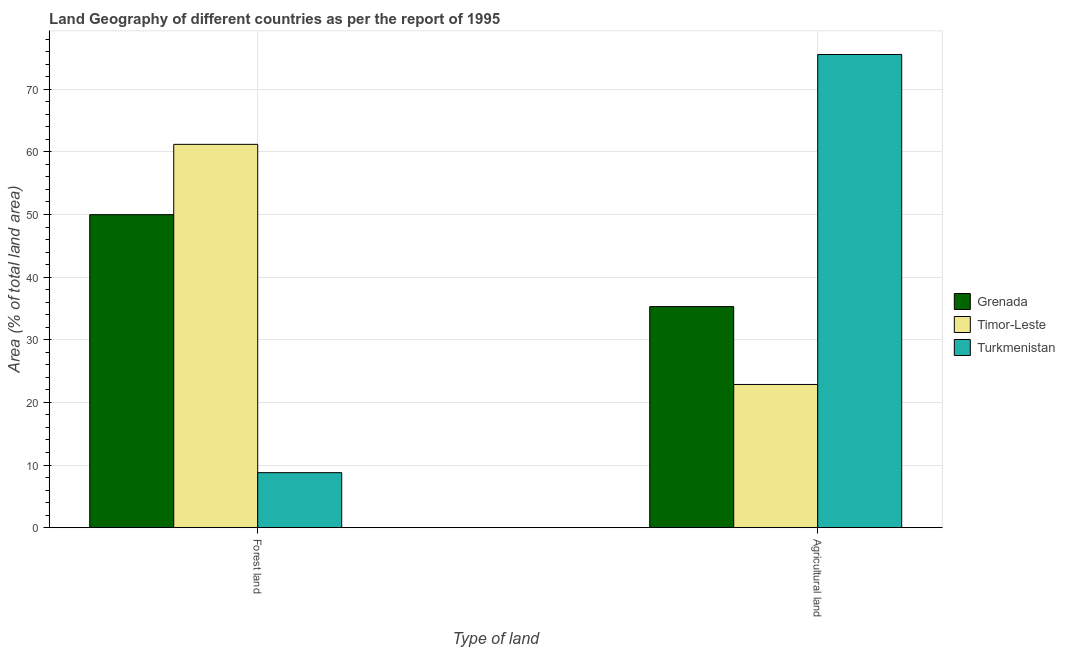
| Type of land | Grenada | Timor-Leste | Turkmenistan |
 | --- | --- | --- | --- |
 | Forest land | 50 | 61.2 | 8.78 |
 | Agricultural land | 35.3 | 22.9 | 75.5 |